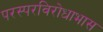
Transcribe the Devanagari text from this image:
परस्परविरोधाभास